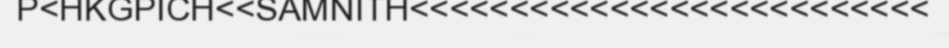
P<HKGPICH<<SAMNITH<<<<<<<<<<<<<<<<<<<<<<<<<<